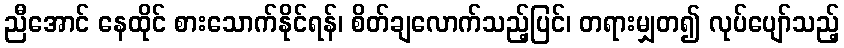
ညီအောင် နေထိုင် စားသောက်နိုင်ရန်၊ စိတ်ချလောက်သည့်ပြင်၊ တရားမျှတ၍ လုပ်ပျော်သည့်